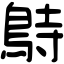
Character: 𪀔